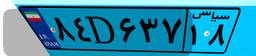
۹۵D۱۹۹۱۲